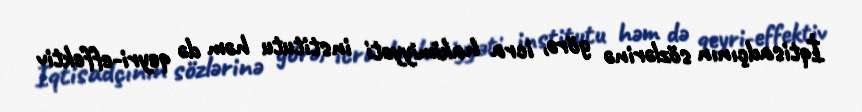
İqtisadçının sözlərinə görə, icra hakimiyyəti institutu həm də qeyri-effektiv